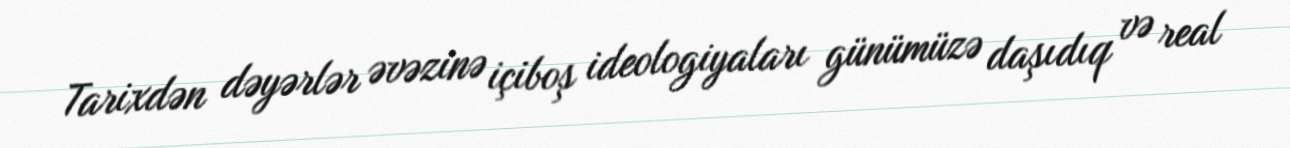
Tarixdən dəyərlər əvəzinə içiboş ideologiyaları günümüzə daşıdıq və real